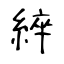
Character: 綷